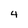
Character: 4